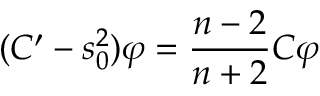
( C ^ { \prime } - s _ { 0 } ^ { 2 } ) \varphi = \frac { n - 2 } { n + 2 } C \varphi